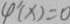
\varphi ^ { \prime } ( x ) = 0